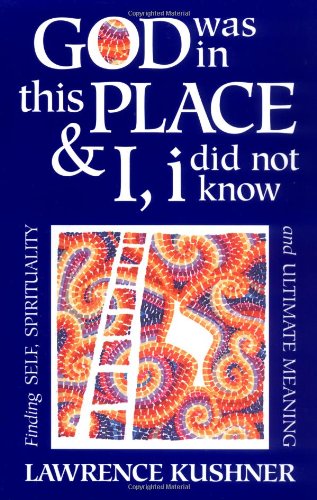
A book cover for God Was in This Place & I, i Did Not Know: Finding Self, Spirituality and Ultimate Meaning (Kushner); Rabbi Lawrence Kushner; Religion & Spirituality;